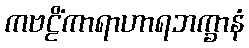
ကဗဠိံကာရာဟာရဘက္ခာနံ